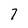
Character: 7